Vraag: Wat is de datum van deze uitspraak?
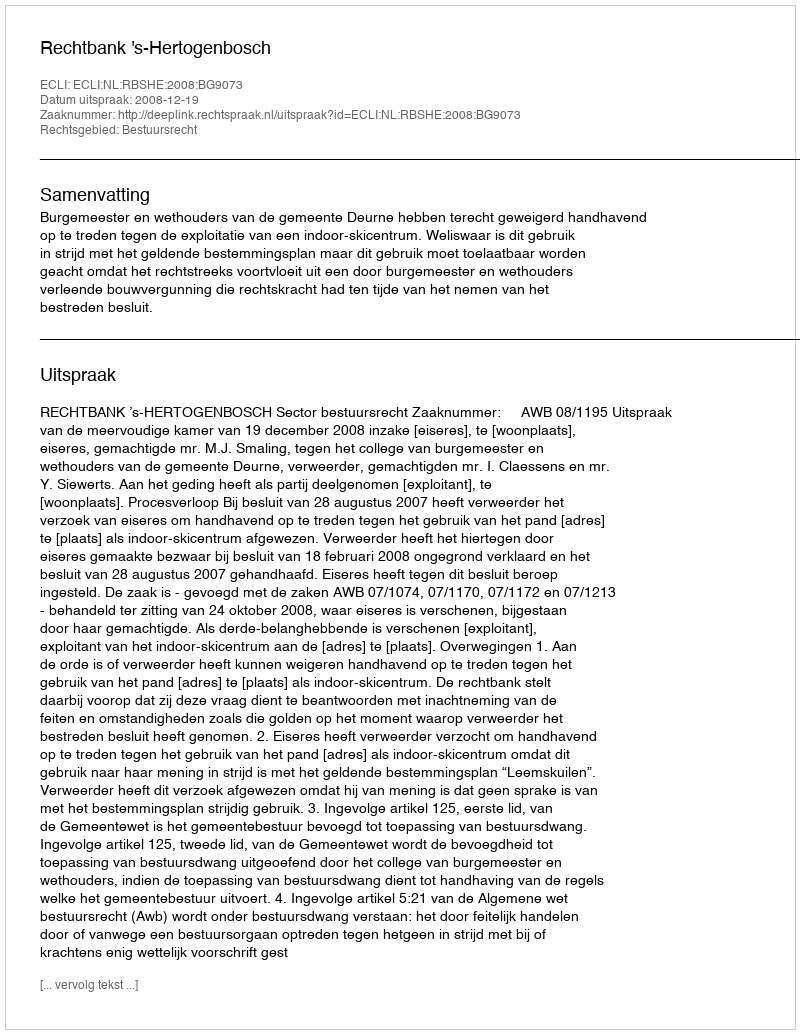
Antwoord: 2008-12-19